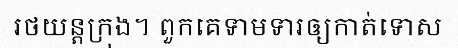
រថយន្តក្រុង។ ពួកគេទាមទារឲ្យកាត់ទោស